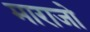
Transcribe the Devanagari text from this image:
माराजो